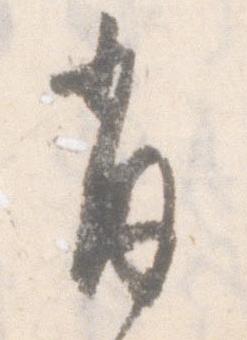
肖